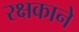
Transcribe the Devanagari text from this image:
रक्षकाने